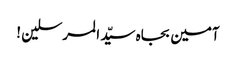
آمین بجاہ سیّد المرسلین !